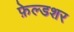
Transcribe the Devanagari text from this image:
फ़ेल्डशर